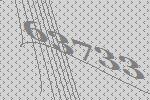
63733